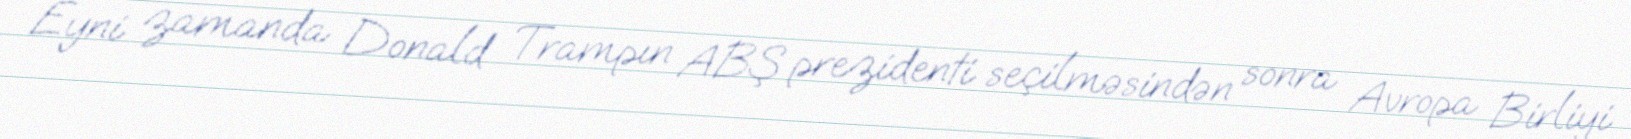
Eyni zamanda Donald Trampın ABŞ prezidenti seçilməsindən sonra Avropa Birliyi